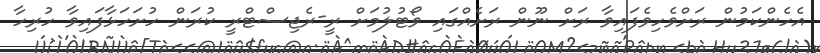
އެހެންކަމުން ރަށްވެހިވެފައިވާ ރަށް ނޫން ރަށެއްގައި ވޯޓުލުމަށް ރީ-ރެޖިސްޓްރީ ކުރަން ހުށަހަޅާފައިވާ ހުރިހާ